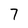
Character: 7